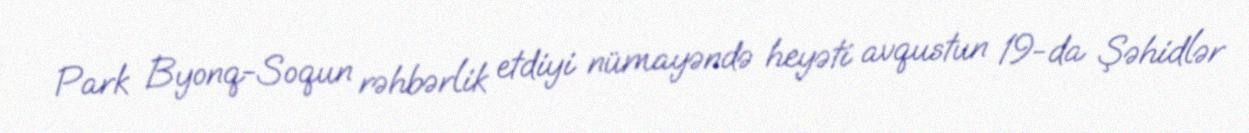
Park Byonq-Soqun rəhbərlik etdiyi nümayəndə heyəti avqustun 19-da Şəhidlər